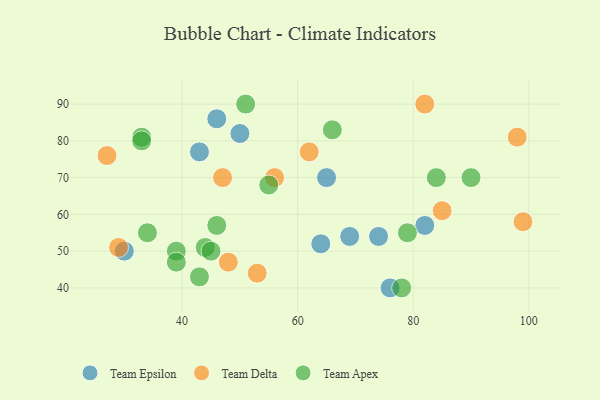
{"axis": {"x": "GDP", "y": "Life Expectancy"}, "legend": ["Team Apex", "Team Delta", "Team Epsilon"], "data": [{"x": "76", "y": 40, "type": "Team Epsilon"}, {"x": "30", "y": 50, "type": "Team Epsilon"}, {"x": "74", "y": 54, "type": "Team Epsilon"}, {"x": "65", "y": 70, "type": "Team Epsilon"}, {"x": "69", "y": 54, "type": "Team Epsilon"}, {"x": "46", "y": 86, "type": "Team Epsilon"}, {"x": "43", "y": 77, "type": "Team Epsilon"}, {"x": "50", "y": 82, "type": "Team Epsilon"}, {"x": "64", "y": 52, "type": "Team Epsilon"}, {"x": "82", "y": 57, "type": "Team Epsilon"}, {"x": "48", "y": 47, "type": "Team Delta"}, {"x": "98", "y": 81, "type": "Team Delta"}, {"x": "62", "y": 77, "type": "Team Delta"}, {"x": "56", "y": 70, "type": "Team Delta"}, {"x": "85", "y": 61, "type": "Team Delta"}, {"x": "27", "y": 76, "type": "Team Delta"}, {"x": "99", "y": 58, "type": "Team Delta"}, {"x": "47", "y": 70, "type": "Team Delta"}, {"x": "82", "y": 90, "type": "Team Delta"}, {"x": "29", "y": 51, "type": "Team Delta"}, {"x": "53", "y": 44, "type": "Team Delta"}, {"x": "33", "y": 81, "type": "Team Apex"}, {"x": "55", "y": 68, "type": "Team Apex"}, {"x": "78", "y": 40, "type": "Team Apex"}, {"x": "43", "y": 43, "type": "Team Apex"}, {"x": "90", "y": 70, "type": "Team Apex"}, {"x": "51", "y": 90, "type": "Team Apex"}, {"x": "79", "y": 55, "type": "Team Apex"}, {"x": "84", "y": 70, "type": "Team Apex"}, {"x": "39", "y": 50, "type": "Team Apex"}, {"x": "33", "y": 80, "type": "Team Apex"}, {"x": "66", "y": 83, "type": "Team Apex"}, {"x": "44", "y": 51, "type": "Team Apex"}, {"x": "45", "y": 50, "type": "Team Apex"}, {"x": "46", "y": 57, "type": "Team Apex"}, {"x": "34", "y": 55, "type": "Team Apex"}, {"x": "39", "y": 47, "type": "Team Apex"}]}